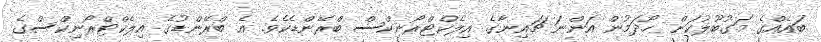
ބައެއްގެ މަގުބޫލުކަން ހޯދަމުން އަންނަ ޗައިނާގެ އިލެކްޓްރޯނިކްސް ބްރޭންޑެކެވެ. އެ ބްރޭންޑުގެ އިލެކްޓްރޯނިކްސްގެ